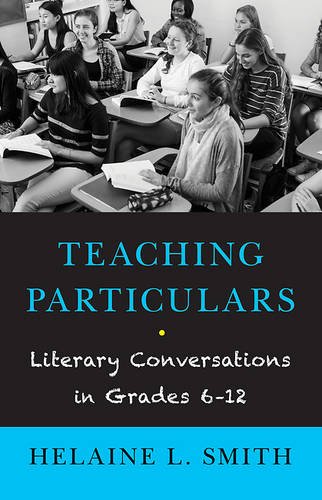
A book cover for Teaching Particulars: Literary Conversations in Grades 6-12; Helaine L. Smith; Reference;